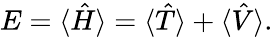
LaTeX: E=\langle\hat{H}\rangle=\langle\hat{T}\rangle+\langle\hat{V}\rangle.